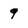
Character: q